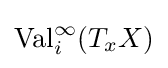
\operatorname {Val} _{i}^{\infty }(T_{x}X)